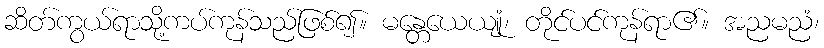
ဆိတ်ကွယ်ရာသို့ကပ်ကုန်သည်ဖြစ်၍။ မန္တေယေယျုံ၊ တိုင်ပင်ကုန်ရာ၏။ အညမညံ၊